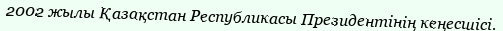
2002 жылы Қазақстан Республикасы Президентінің кеңесшісі.